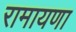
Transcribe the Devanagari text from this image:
रामायणा